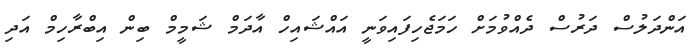
އަންދަލުސް ދަރުސް ދެއްވުމަށް ހަމަޖެހިފައިވަނީ އައްޝައިހް އާދަމް ޝަމީމް ބިން އިބްރާހިމް އަދި